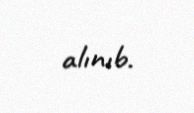
alınıb.